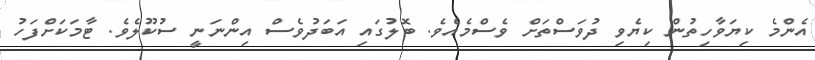
އެންމެ ކިޔަވާހިތުން ކިޔެވި ދުވަސްތަށް ވެސްމެއެވެ. ބޮލުގައި އަބަދުވެސް އިންނަނީ ސުކޫލެވެ. ޓާމަކަށްފަހު